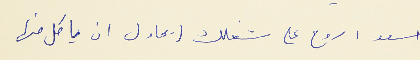
اسعد : روح على شغلك (يحاول ان ياكل منها